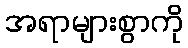
အရာများစွာကို